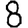
Digit: 8